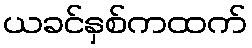
ယခင်နှစ်ကထက်